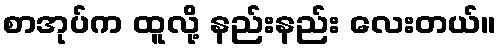
စာအုပ်က ထူလို့ နည်းနည်း လေးတယ်။